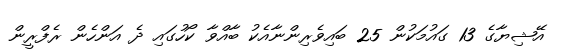
އޭޝިޔާގެ 13 ގައުމަކުން 25 ބައިވެރިންނާއެކު ބާއްވާ ކޯހުގައި ދެ އަންހެން ރެފްރީން